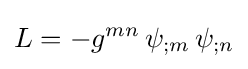
L=-g^{mn}\,\psi _{;m}\,\psi _{;n}